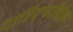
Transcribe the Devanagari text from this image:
दारिद्र्‍यरेषेवर